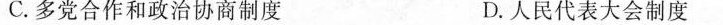
C.多党合作和政治协商制度 D.人民代表大会制度